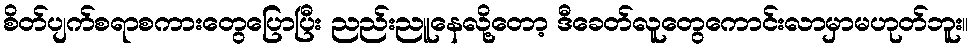
စိတ်ပျက်စရာစကားတွေပြောပြီး ညည်းညူနေလို့တော့ ဒီခေတ်လူတွေကောင်းလာမှာမဟုတ်ဘူး။